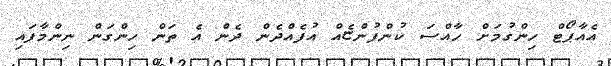
އެއާޕޯޓް ހިންގުމަށް ހާއްސަ ކުންފުންޏެއް އުފެއްދެން ދެން އެ ތަން ހިންގަން ނިންމާފައި